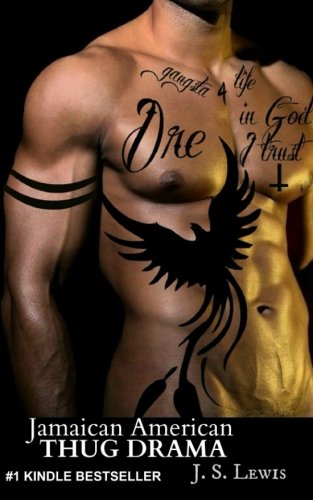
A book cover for Jamaican American Thug Drama (The Jamaican American Thug Drama Saga) (Volume 1); J. S. Lewis; Literature & Fiction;